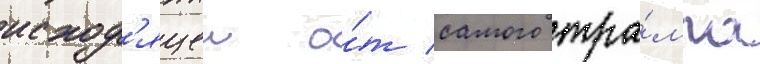
исход'ящеи о́т самого тра́мпа